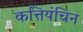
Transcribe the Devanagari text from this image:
कत्तियंचिन